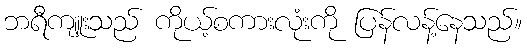
ဘရီကျူးသည် ကိုယ့်စကားလုံးကို ပြန်လန့်နေသည်။